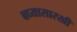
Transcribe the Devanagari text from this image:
बघ्‍यासारखी